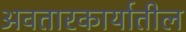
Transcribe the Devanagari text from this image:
अवतारकार्यातील